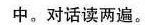
中。对话读两遍。